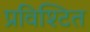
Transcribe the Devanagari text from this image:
प्रविश्टित